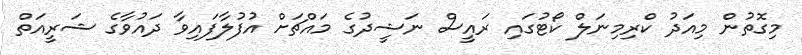
މިގޮތުން މިއަދު ކްރިމިނަލް ކޯޓުގައި ރައީސް ނަޝީދުގެ މައްޗަށް އުފުލާފައިވާ ދައުވާގެ ޝަރީއަތް